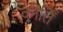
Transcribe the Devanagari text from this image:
कीर्तिं